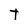
Character: t